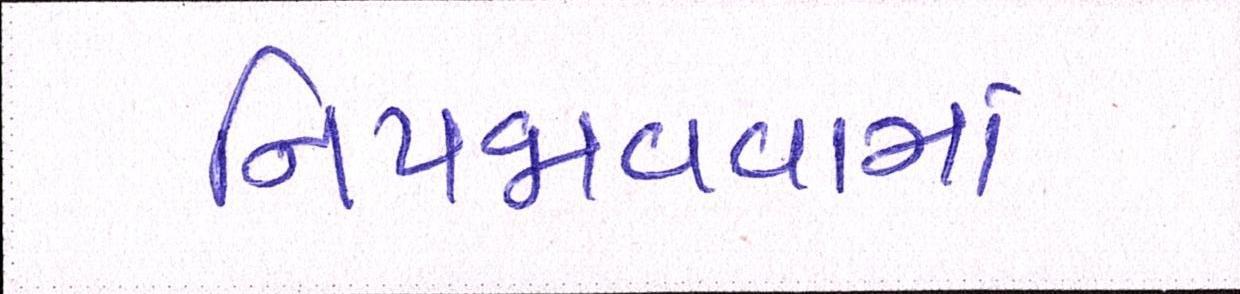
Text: નિપજાવવામાં